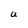
Character: U